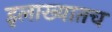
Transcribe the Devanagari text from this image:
इलाख्यातच